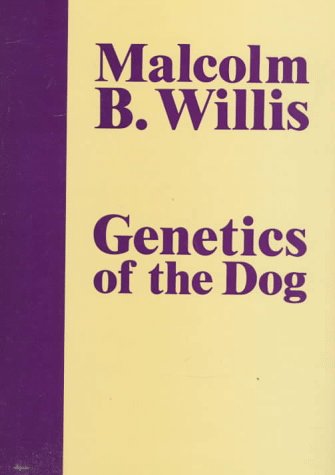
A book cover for Genetics of the Dog; Malcolm B. Willis; Medical Books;